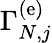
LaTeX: \Gamma_{N,j}^{\left(\mathrm{e}\right)}